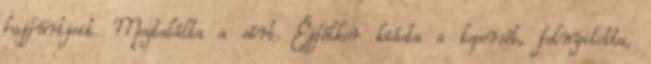
hajfürtjeit. Megtalálta a sírt. Éjfélkor kiásta a koporsót, felnyitotta,